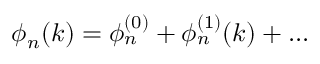
\phi _ { n } ( k ) = \phi _ { n } ^ { ( 0 ) } + \phi _ { n } ^ { ( 1 ) } ( k ) + . . .